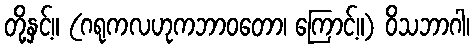
တို့နှင့်။ (ဂရုကလဟုကဘာဝတော၊ ကြောင့်။) ဝိသဘာဂါ၊